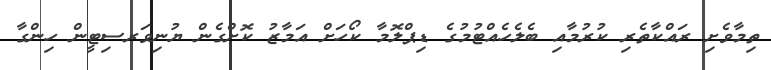
ތިމާވެށި ރައްކާތެރި ކުރުމާއި ބެލެހެއްޓުމުގެ ޑިޕްލޮމާ ކޯހަށް އަމާޒު ކޮށްގެން ޔުނިވަރސިޓީން ހިންގާ